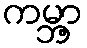
ကမ္ဘာ့